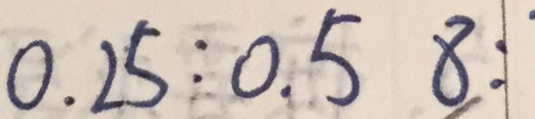
0 . 2 5 : 0 . 5 8 :